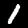
Digit: 1